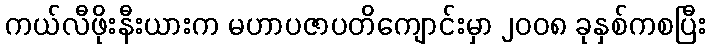
ကယ်လီဖိုးနီးယားက မဟာပဇာပတိကျောင်းမှာ ၂၀၀၈ ခုနှစ်ကစပြီး